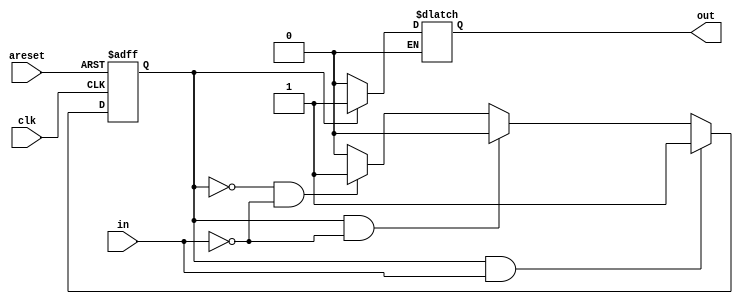
module top_module(
    input clk,
    input areset,    // Asynchronous reset to state B
    input in,
    output out);//  

    parameter A=0, B=1; 
    reg state, next_state;
    
	always @(*)
	begin
		if (state == B && in == 1)
            begin
                next_state = B;
            end
		else if (state == B && in == 0)
            begin
                next_state = A;
            end
		else if (state == A && in == 0)
            begin
                next_state = B;
            end
		else
            begin
                next_state = A;
            end
		end

	always @(posedge clk, posedge areset) 
		begin 
        	if (areset)
				begin
					state <= B;
				end
			else 
				begin
				state <= next_state;
				end
    	end

    always @(state)
        begin
            if (state == A)
                out = 0;
            else if (state == B)
                out = 1;
        end
endmodule